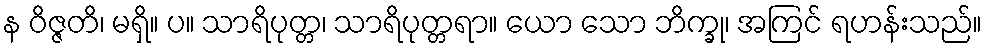
န ဝိဇ္ဇတိ၊ မရှိ။ ပ။ သာရိပုတ္တ၊ သာရိပုတ္တရာ။ ယော သော ဘိက္ခု၊ အကြင် ရဟန်းသည်။